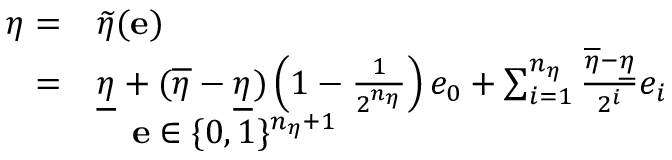
\begin{array} { r l } { \eta = } & { \widetilde { \eta } ( \mathbf { e } ) } \\ { = } & { \underline { { \eta } } + ( \overline { { \eta } } - \underline { { \eta } } ) \left( 1 - \frac { 1 } { 2 ^ { n _ { \eta } } } \right) e _ { 0 } + \sum _ { i = 1 } ^ { n _ { \eta } } \frac { \overline { { \eta } } - \underline { { \eta } } } { 2 ^ { i } } e _ { i } } \\ & { \quad \mathbf { e } \in \{ 0 , 1 \} ^ { n _ { \eta } + 1 } } \end{array}